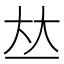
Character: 𠀤